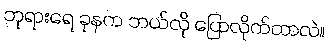
ဘုရားရေ ခုနက ဘယ်လို ပြောလိုက်တာလဲ။